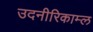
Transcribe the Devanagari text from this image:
उदनीरिकाम्ल